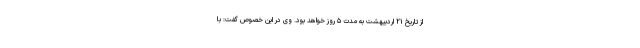
از تاریخ ۲۱ اردیبهشت به مدت ۵ روز خواهد بود. وی در این خصوص گفت: با